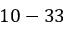
1 0 - 3 3